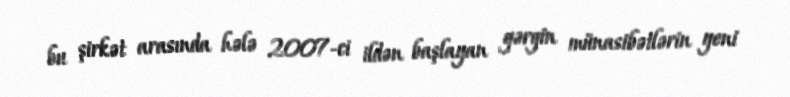
bu şirkət arasında hələ 2007-ci ildən başlayan gərgin münasibətlərin yeni